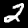
Label: 2